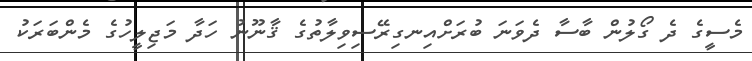
މެސީގެ ދެ ގޯލުން ބާސާ ދެވަނަ ބުރަށްއިނގިރޭސިވިލާތުގެ ޤާނޫނު ހަދާ މަޖިލީހުގެ މެންބަރަކު